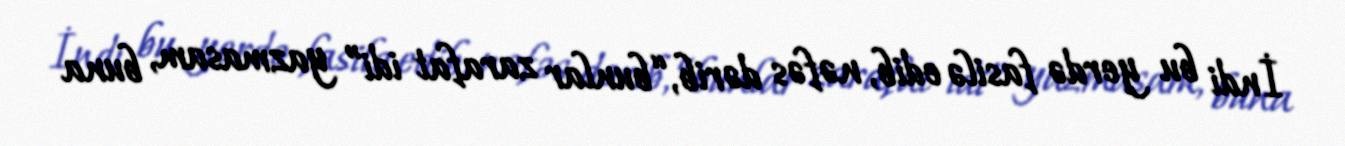
İndi bu yerdə fasilə edib, nəfəs dərib, “bunlar zarafat idi” yazmasam, buna